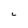
Character: C